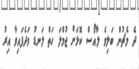
ދެ މެޗުން ބަލިވެ ލާއޯސް ކޮޅަށް ޖުމްލަ ހަތް ލަނޑު ވަދެފައިވާ އިރު